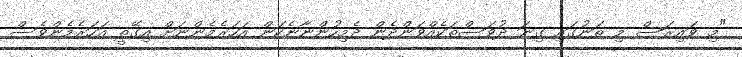
"މި ވައިރަސް މި ތަނުގައި ގިނަ ދުވަސްތަކެއްވަންދެން ދެމިހުންނާނެކަން އަހަރެމެންނަށް އިގޭތީ އަހަރެމެންވެސް